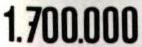
1.700.000